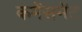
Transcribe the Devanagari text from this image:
कमेंसमेंट